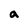
Character: a